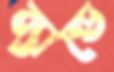
ব্যান্ডে